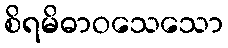
စိရမိဓာဝသေသော